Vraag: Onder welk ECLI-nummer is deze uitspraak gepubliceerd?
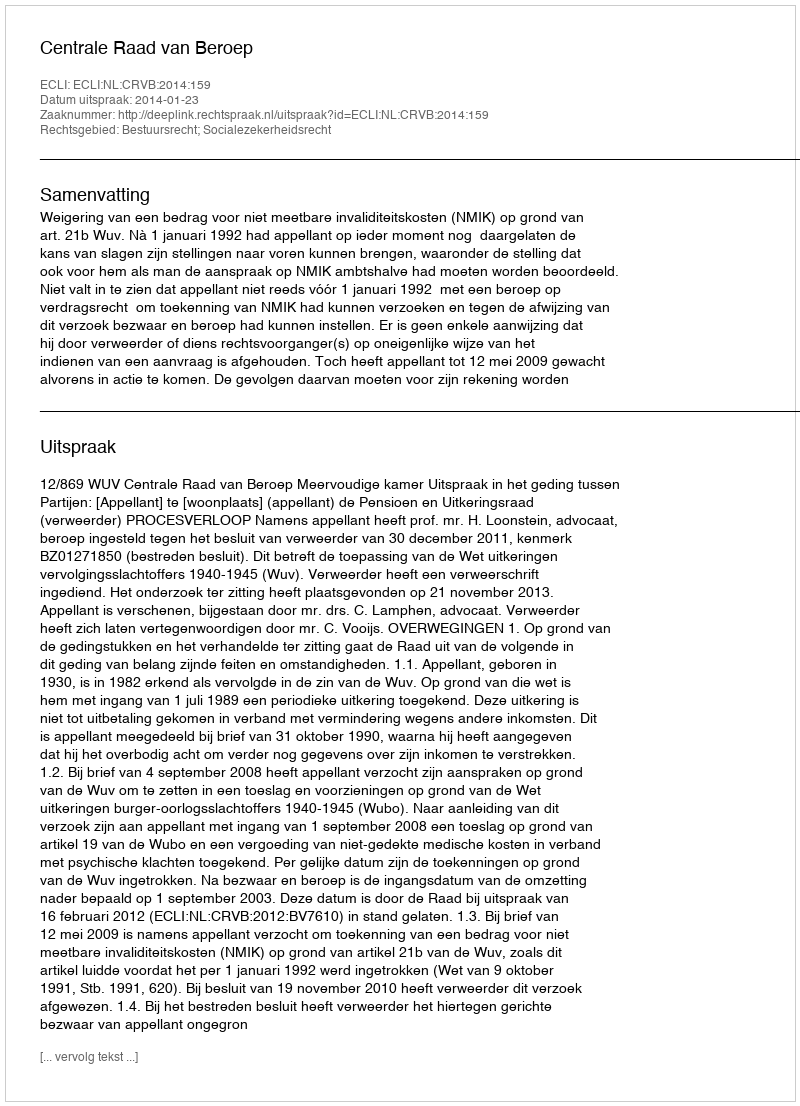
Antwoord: ECLI:NL:CRVB:2014:159